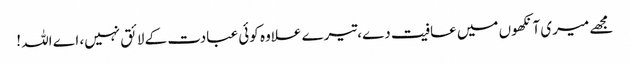
مجھے میری آنکھوں میں عافیت دے،تیرے علاوہ کوئی عبادت کے لائق نہیں، اے اللہ !